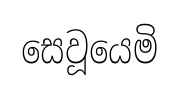
සෙවූයෙමි